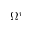
\Omega ^ { r }